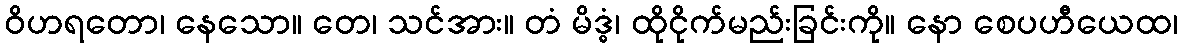
ဝိဟရတော၊ နေသော။ တေ၊ သင်အား။ တံ မိဒ္ဓံ၊ ထိုငိုက်မည်းခြင်းကို။ နော စေပဟီယေထ၊